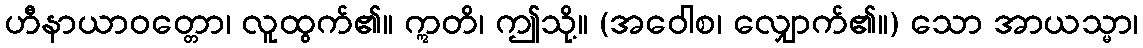
ဟီနာယာဝတ္တော၊ လူထွက်၏။ ဣတိ၊ ဤသို့။ (အဝေါစ၊ လျှောက်၏။) သော အာယသ္မာ၊